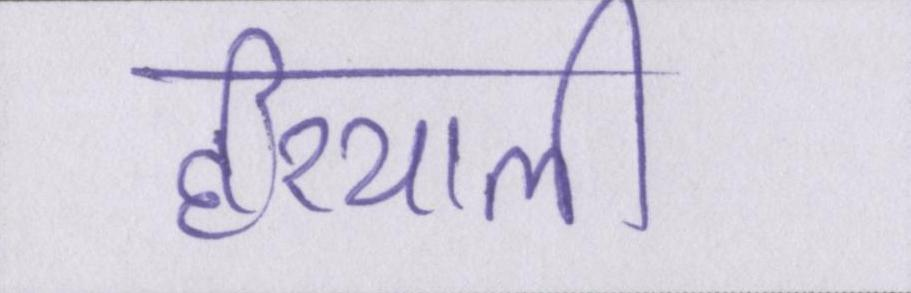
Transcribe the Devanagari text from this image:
हरियाली